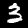
Digit: 3